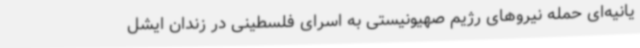
یانیه‌ای حمله نیروهای رژیم صهیونیستی به اسرای فلسطینی در زندان ایشل